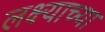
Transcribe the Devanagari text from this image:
लक्ष्याच्या